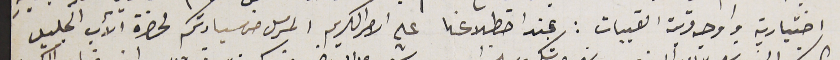
اختيارية واوجه قرية القبيات: عند اضطلاعنا على الامر الكريم المرسل من سيادتكم لحضرة الآب الجليل